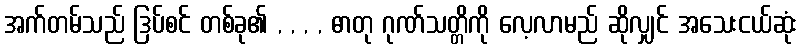
အက်တမ်သည် ဒြပ်စင် တစ်ခု၏ , , , , ဓာတု ဂုဏ်သတ္တိကို လေ့လာမည် ဆိုလျှင် အသေးငယ်ဆုံး